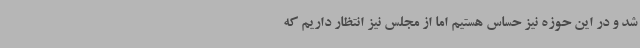
شد و در این حوزه‌ نیز حساس هستیم اما از مجلس نیز انتظار داریم که